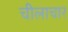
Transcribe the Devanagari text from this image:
चीलाचार